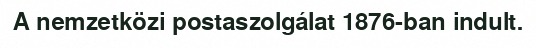
A nemzetközi postaszolgálat 1876-ban indult.